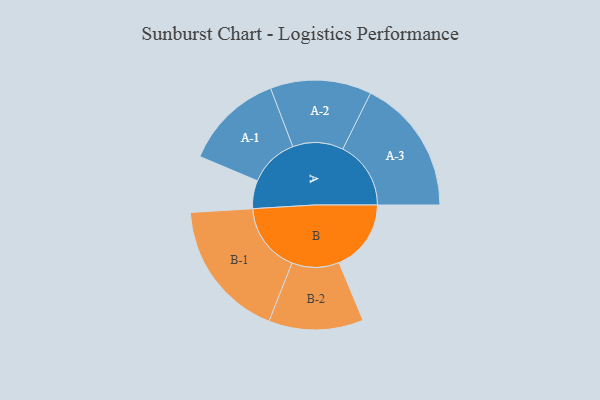
{"axis": {"x": "Segment", "y": "Value"}, "legend": ["", "A", "B"], "data": [{"x": "A", "y": 111, "type": ""}, {"x": "B", "y": 285, "type": ""}, {"x": "A-1", "y": 196, "type": "A"}, {"x": "A-2", "y": 200, "type": "A"}, {"x": "A-3", "y": 269, "type": "A"}, {"x": "B-1", "y": 275, "type": "B"}, {"x": "B-2", "y": 187, "type": "B"}]}